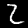
Digit: 2